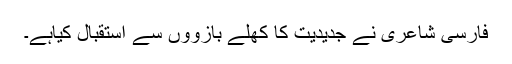
فارسی شاعری نے جدیدیت کا کھلے بازوؤں سے استقبال کیاہے۔